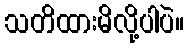
သတိထားမိလို့ပါပဲ။